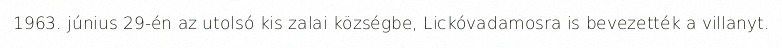
1963. június 29-én az utolsó kis zalai községbe, Lickóvadamosra is bevezették a villanyt.